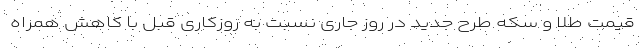
قیمت طلا و سکه طرح جدید در روز جاری نسبت به روزکاری قبل با کاهش همراه